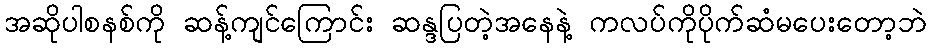
အဆိုပါစနစ်ကို ဆန့်ကျင်ကြောင်း ဆန္ဒပြတဲ့အနေနဲ့ ကလပ်ကိုပိုက်ဆံမပေးတော့ဘဲ